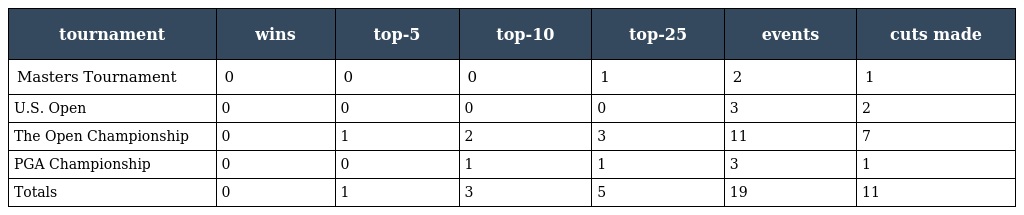
| tournament | wins | top-5 | top-10 | top-25 | events | cuts made |
 | --- | --- | --- | --- | --- | --- | --- |
 | Masters Tournament | 0 | 0 | 0 | 1 | 2 | 1 |
 | U.S. Open | 0 | 0 | 0 | 0 | 3 | 2 |
 | The Open Championship | 0 | 1 | 2 | 3 | 11 | 7 |
 | PGA Championship | 0 | 0 | 1 | 1 | 3 | 1 |
 | Totals | 0 | 1 | 3 | 5 | 19 | 11 |